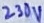
Text: 230V